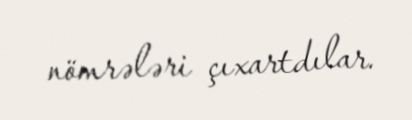
nömrələri çıxartdılar.